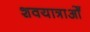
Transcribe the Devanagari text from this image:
शवयात्राओँ